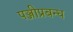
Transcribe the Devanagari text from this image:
पञ्जीप्रबन्ध